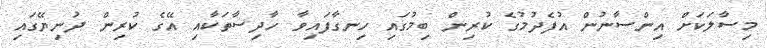
މިސާލަކަށް އިންސާނުން އުފެދުމުގެ ކުރިން ބިމުގައި ހިނގާފައިވާ ހާދިސާތަކާއި އޭގެ ކުރިން ދުނިޔޭގައި